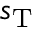
s _ { \mathrm { T } }